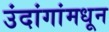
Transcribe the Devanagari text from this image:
उंदांगांमधून